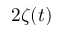
2 \zeta ( t )